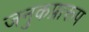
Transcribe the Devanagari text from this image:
जनुकप्रारूप